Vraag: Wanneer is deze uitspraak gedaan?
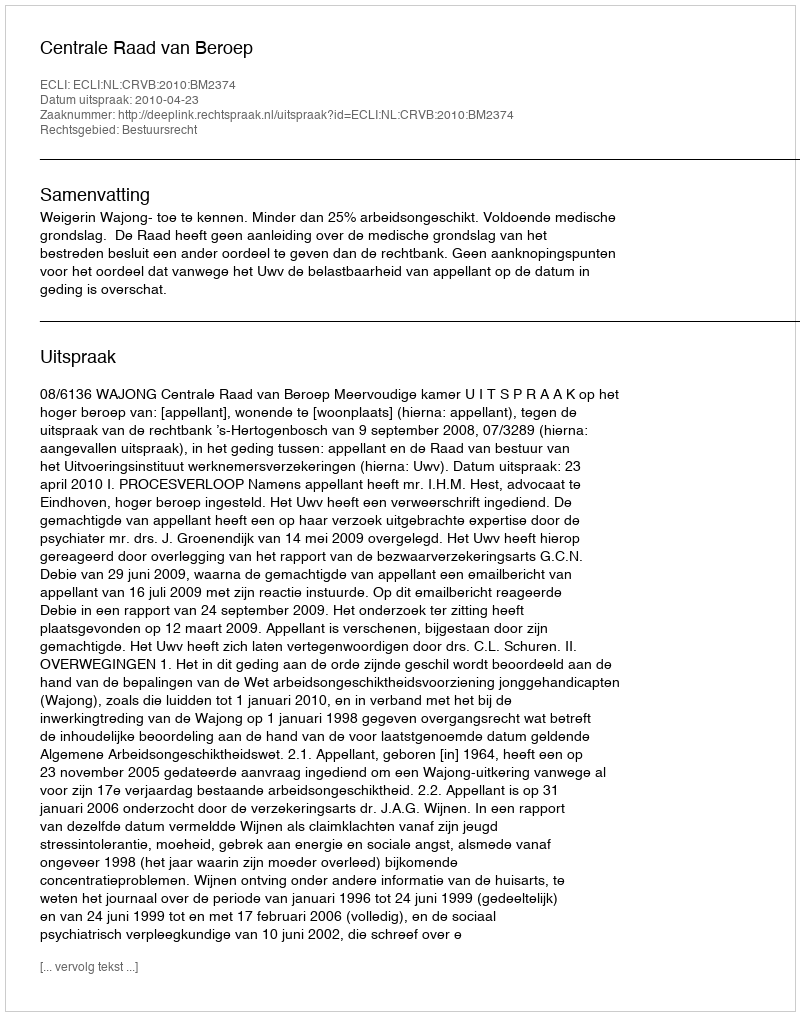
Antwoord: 2010-04-23